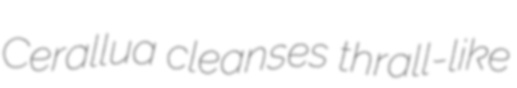
Cerallua cleanses thrall-like